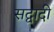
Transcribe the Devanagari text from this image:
सद्वादी